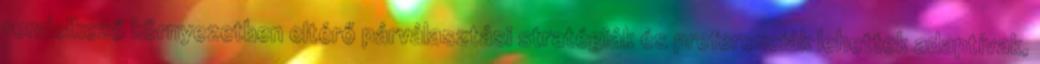
rendelkező környezetben eltérő párválasztási stratégiák és preferenciák lehettek adaptívak,